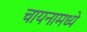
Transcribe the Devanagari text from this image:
चायनामध्ये